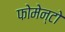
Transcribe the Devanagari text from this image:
फोमेन्टो